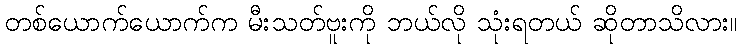
တစ်ယောက်ယောက်က မီးသတ်ဗူးကို ဘယ်လို သုံးရတယ် ဆိုတာသိလား။